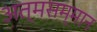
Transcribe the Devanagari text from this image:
अत्मसम्मान